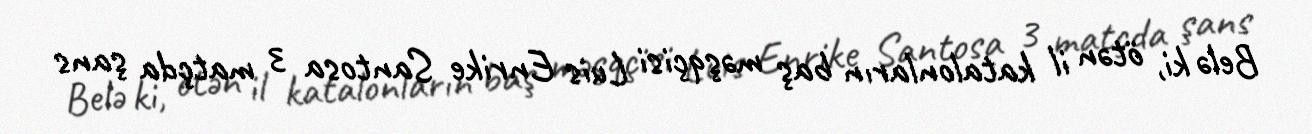
Belə ki, ötən il katalonların baş məşqçisi Luis Enrike Santosa 3 matçda şans